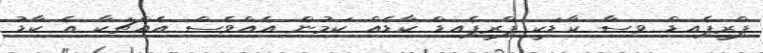
ޕްރީޕެއިޑް ވިސާ ކާޑަކީ ޕްރީޕެއިޑް ކާޑެއް ކަމުން އެއްވެސް އެއްޗަކާ އެ ކާޑު